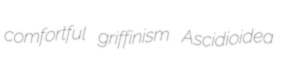
comfortful griffinism Ascidioidea